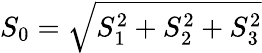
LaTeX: \begin{array}{r}{S_{0}=\sqrt{S_{1}^{2}+S_{2}^{2}+S_{3}^{2}}}\end{array}